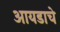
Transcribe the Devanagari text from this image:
आयडाचे